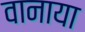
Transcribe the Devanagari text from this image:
वानाया